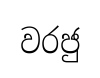
වරජු